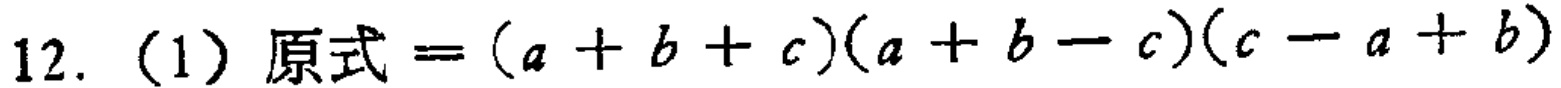
12. (1) 原式$=(a + b + c)(a + b - c)(c - a + b)$